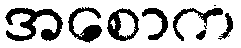
အစောက